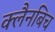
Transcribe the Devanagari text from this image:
क्लैनबिच